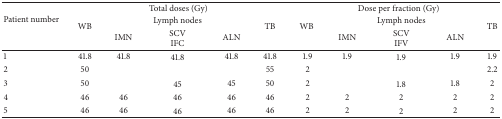
<table><thead><tr><td rowspan="3"><b>Patient number</b></td><td colspan="5"><b>Total doses (Gy)</b></td><td colspan="5"><b>Dose per fraction (Gy)</b></td></tr><tr><td rowspan="2"><b>WB</b></td><td colspan="3"><b>Lymph nodes</b></td><td rowspan="2"><b>TB</b></td><td rowspan="2"><b>WB </b></td><td colspan="3"><b>Lymph nodes</b></td><td rowspan="2"><b>TB</b></td></tr><tr><td><b>IMN</b></td><td><b>SCVIFC</b></td><td><b>ALN</b></td><td><b>IMN</b></td><td><b>SCVIFV</b></td><td><b>ALN</b></td></tr></thead><tbody><tr><td>1</td><td>41.8</td><td>41.8</td><td>41.8</td><td>41.8</td><td>41.8</td><td>1.9</td><td>1.9</td><td>1.9</td><td>1.9</td><td>1.9</td></tr><tr><td>2</td><td>50</td><td> </td><td> </td><td> </td><td>55</td><td>2</td><td> </td><td> </td><td> </td><td>2.2</td></tr><tr><td>3</td><td>50</td><td> </td><td>45</td><td>45</td><td>50</td><td>2</td><td> </td><td>1.8</td><td>1.8</td><td>2</td></tr><tr><td>4</td><td>46</td><td>46</td><td>46</td><td>46</td><td>46</td><td>2</td><td>2</td><td>2</td><td>2</td><td>2</td></tr><tr><td>5</td><td>46</td><td>46</td><td>46</td><td>46</td><td>46</td><td>2</td><td>2</td><td>2</td><td>2</td><td>2</td></tr></tbody></table>